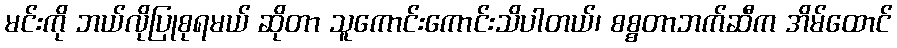
မင်းကို ဘယ်လိုပြုစုရမယ် ဆိုတာ သူကောင်းကောင်းသိပါတယ်၊ စစ္စတာဘက်ဆီက အိမ်ထောင်